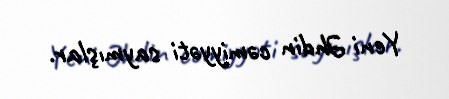
Yeni Əhdin cəmiyyəti saymışlar.